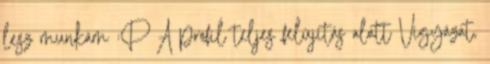
lesz munkám :P A profil teljes felújítás alatt Vigyázat,